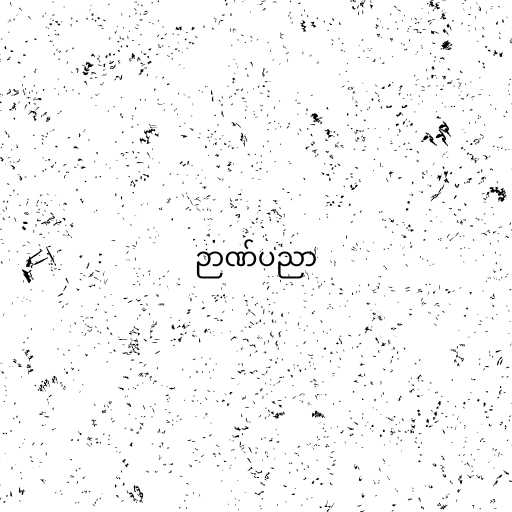
ဉာဏ်ပညာ